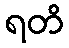
ရတိ